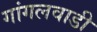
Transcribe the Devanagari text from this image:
गांगलवाडी